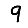
Digit: 9